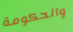
والحكومة